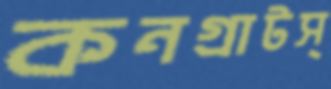
কনগ্রাটস্